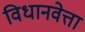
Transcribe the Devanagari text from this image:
विधानवेत्ता